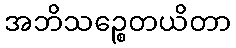
အဘိသဉ္စေတယိတာ